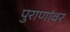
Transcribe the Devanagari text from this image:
पुराणांवर